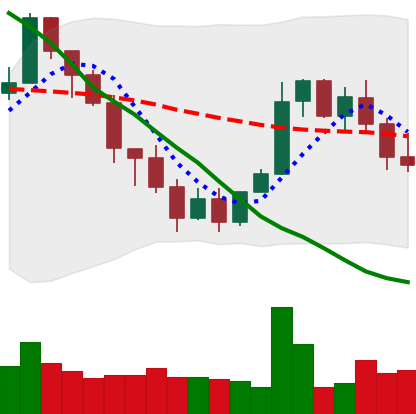
Ticker: XMR-USD
Chart end date: 2022-01-19
Forward return: -27.2%
Label: down_7plus